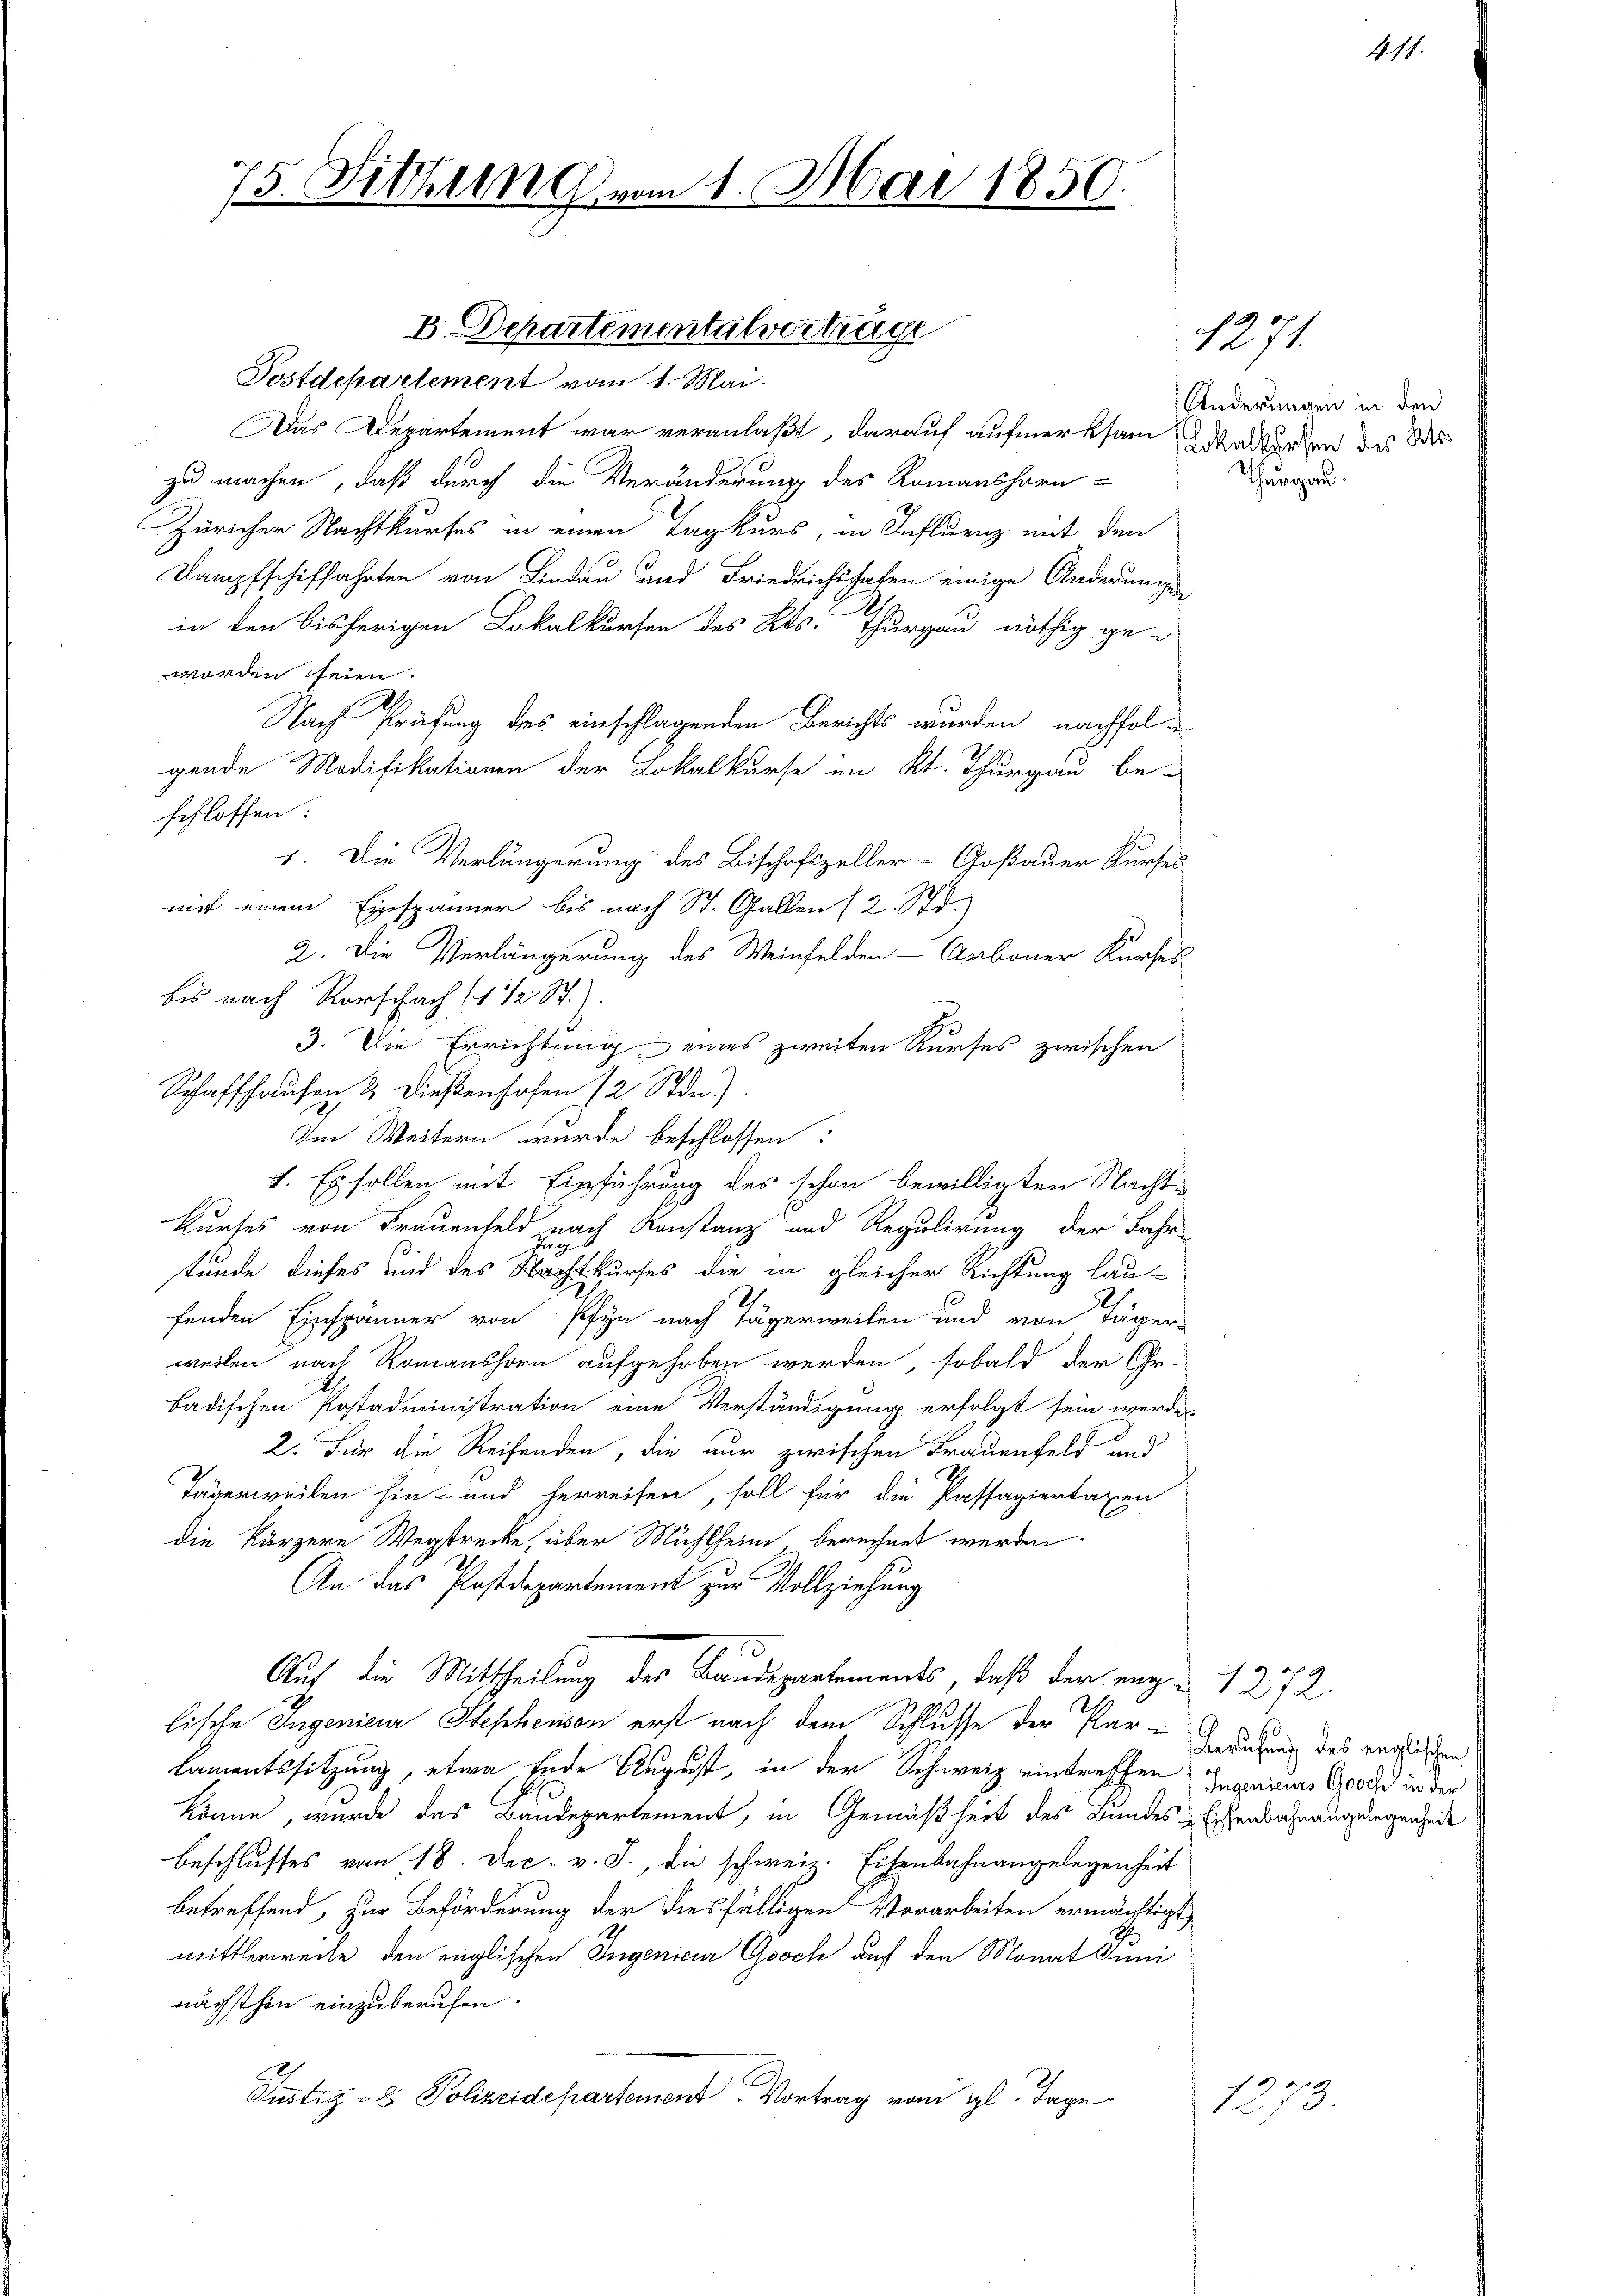
75. Sitzung vom 1. Mai 1850.

Das Departement war veranlaßt, darauf aufmerksam dasserden des der
zu machen, daß durch die Veränderung des Romanshorn-
Züricher Nachtkurses in einen Tagkurs, in Influenz mit den
Dampfschiffahrten von Lindau und Friedrichs haben einige Änderungen
2.
in den bisherigen Lokalkursen des Kts. Thurgau nöthig ge-
worden seien.
Nach Prüfung des einschlagenden Berichts wurden nachfolgende Modifikationen der Lokalkurse im Kt. Thurgau be-
schlossen:
1. Die Verlängerung des Bischafszeller-Goßauer Kurses
mit einem Einspänner bis nach St. Gallen (2. Std.
2. Die Verlängerung des Weinfelden - Arboner Kurhes
bis nach Rorschach (1 1/2 St.
3. Die Errichtung eines zweiten Kurses zwischen
Schaffhausen & Dießenhofen 12 Stdn.)
Im Weitern wurde beschlossen:
7. Es sollen mit Einführung des schon bewilligten Nachtkurses von Frauenfeld nach Konstanz und Regulirung der Fahr-
tunde dieses und des Nachkurses die in gleicher Richtung lau-
fenden Einspänner von Pfyn nach Tägerweiten und von Täger-
weilen nach Romanshorn aufgehoben werden, sobald der Gr.
badischen Postadministration eine Verständigung erfolgt sein werde
2. Für die Reifenden, die nur zwischen Frauenfeld und
Tägerweilen hin- und herreisen, soll für die Passagiertaxen
die kürzere Wegstrecke, über Mühlheim berechnet werden.
An das Postdepartement zur Vollziehung
Auf die Mittheilung des Baudepartements, daß der eng 1272.
lische Ingenieur Stephenson erst nach dem Schlusse der Par-
Lamentssitzung, etwa Ende August, in der Schweiz eintreffen Invaines Gold in der
könne, wurde das Baudepartement, in Gemäßheit des Bundes-Eisenbahrungslegenheide
Beschlusses vom 18. Dec. v. J., die schweiz. Eisenbahnangelegenheit
betreffend, zur Beförderung der diesfälligen Verarbeiten ermächtigt
mittlerweile den englischen Ingenieur Gooch auf den Monat Juni
nächsthin einzuberufen.
Justiz- & Polizeidepartement Vortrag vom gl. Tage

B. Departementalverträge
Postdepartement vom 1. Mai.

Änderungen in den
Thurgau.

1271

1. 17.

Berufung des englischen

1273.